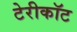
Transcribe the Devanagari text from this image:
टेरीकॉट